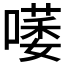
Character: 𠾭